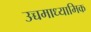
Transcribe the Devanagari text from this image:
उच्चमाध्यामिक